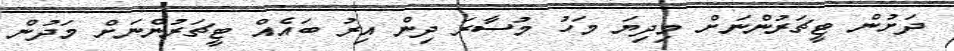
ދަށުން ޓީޗަރުންނަށް މިދިޔަ މަހު މުސާރަ ދިން އިރު ބައެއް ޓީޗަރުންނަށް މަދުން